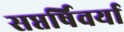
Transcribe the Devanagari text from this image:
सप्तर्षिवर्या